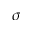
\sigma